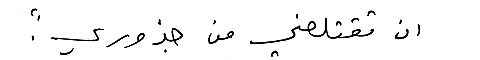
ان تقتلعني من جذوري."